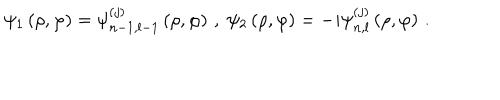
\psi _ { 1 } \left( \rho , \varphi \right) = \psi _ { n - 1 , l - 1 } ^ { \left( j \right) } \left( \rho , \varphi \right) \, , \; \psi _ { 2 } \left( \rho , \varphi \right) = - i \psi _ { n , l } ^ { \left( j \right) } \left( \rho , \varphi \right) \, .